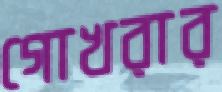
গোখরার